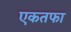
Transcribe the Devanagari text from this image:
एकतफा